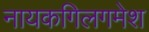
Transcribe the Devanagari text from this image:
नायकगिलगमेश